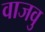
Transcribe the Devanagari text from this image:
वाजवु